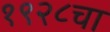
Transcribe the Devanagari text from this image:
१९२८चा